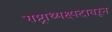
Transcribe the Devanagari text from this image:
राष्ट्राध्यक्ष्पदावरून